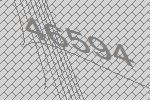
46594